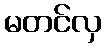
မတင်လှ